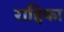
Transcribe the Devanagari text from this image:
राहिका